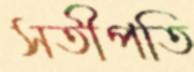
সতীপতি